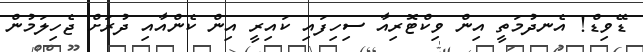
ޑޭވިޑް! އެނދުމަތީ އިން ވިކްޓޮރިއާ ސިހިފައި ކައިރީ އިން ކެންއާއި ދުރަށް ޖެހިލަމުން